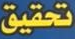
تحقيق